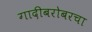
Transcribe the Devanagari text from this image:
गादीबरोबरचा